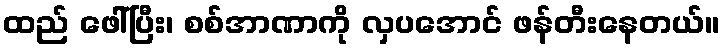
ထည် ဖေါ်ပြီး၊ စစ်အာဏာကို လှပအောင် ဖန်တီးနေတယ်။